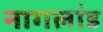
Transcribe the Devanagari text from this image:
नागलांड